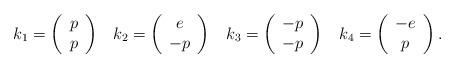
LaTeX: \begin{align*}k_1 = \left( \begin{array}{c} p \\ p \end{array} \right) \;\;\;k_2 = \left( \begin{array}{c} e \\ -p \end{array} \right) \;\;\;k_3 = \left( \begin{array}{c} -p \\ -p \end{array} \right) \;\;\;k_4 = \left( \begin{array}{c} -e \\ p \end{array} \right).\end{align*}